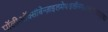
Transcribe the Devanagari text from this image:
पॉलीऑक्सीबेन्ज़ाइलमेथाइलीनग्लाइकोऐनहाइड्राइड